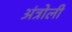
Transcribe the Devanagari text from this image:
अंत्रोली